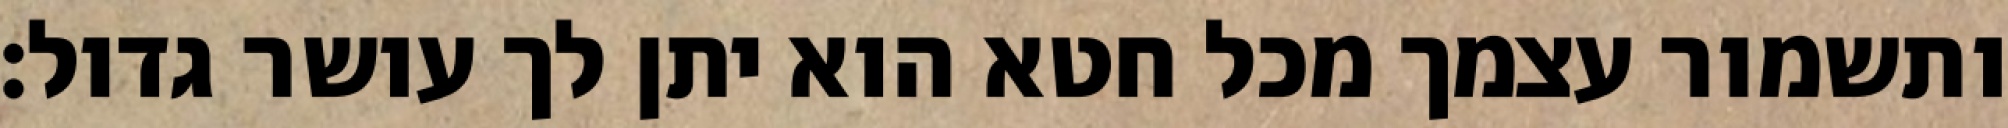
ותשמור עצמך מכל חטא הוא יתן לך עושר גדול: